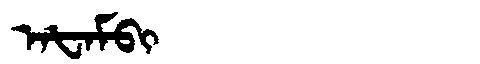
Manchu: ᠠᡶᠠᠮᠪᡳ
Romanization: AFAMBI